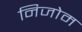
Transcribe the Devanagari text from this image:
निजोम